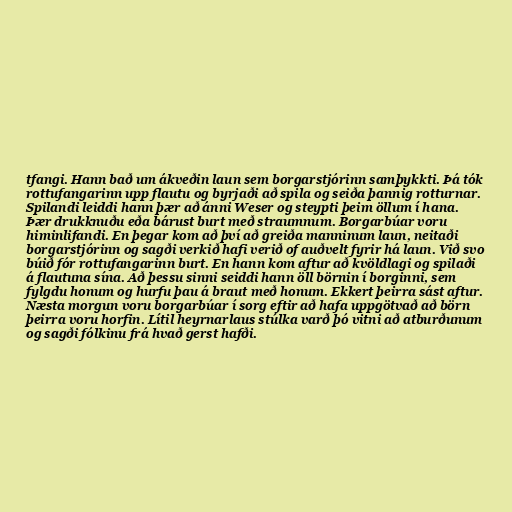
tfangi. Hann bað um ákveðin laun sem borgarstjórinn samþykkti. Þá tók
rottufangarinn upp flautu og byrjaði að spila og seiða þannig rotturnar.
Spilandi leiddi hann þær að ánni Weser og steypti þeim öllum í hana.
Þær drukknuðu eða bárust burt með straumnum. Borgarbúar voru
himinlifandi. En þegar kom að því að greiða manninum laun, neitaði
borgarstjórinn og sagði verkið hafi verið of auðvelt fyrir há laun. Við svo
búið fór rottufangarinn burt. En hann kom aftur að kvöldlagi og spilaði
á flautuna sína. Að þessu sinni seiddi hann öll börnin í borginni, sem
fylgdu honum og hurfu þau á braut með honum. Ekkert þeirra sást aftur.
Næsta morgun voru borgarbúar í sorg eftir að hafa uppgötvað að börn
þeirra voru horfin. Lítil heyrnarlaus stúlka varð þó vitni að atburðunum
og sagði fólkinu frá hvað gerst hafði.